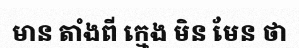
មាន តាំងពី ក្មេង មិន មែន ថា